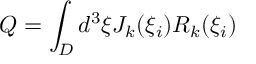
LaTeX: Q = \int _ { D } d ^ { 3 } \xi J _ { k } ( \xi _ { i } ) R _ { k } ( \xi _ { i } )